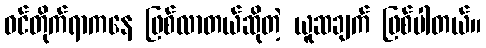
ဝင်တိုက်ရာကနေ ဖြစ်လာတယ်ဆိုတဲ့ ယူဆချက် ဖြစ်ပါတယ်။